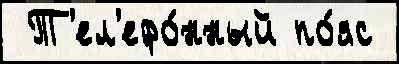
 Т'ел'ефо́нный по́яс